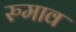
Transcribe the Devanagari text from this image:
रुमाव